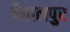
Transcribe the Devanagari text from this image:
बैतालपुर